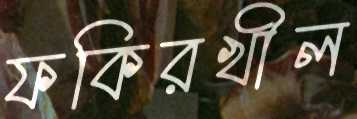
ফকিরখীল